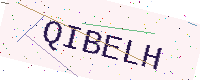
Text: QIBELH